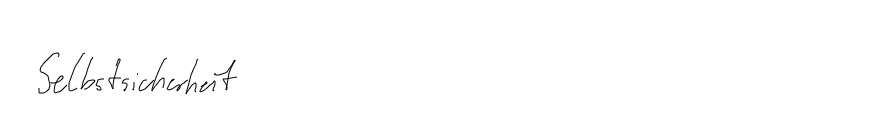
Selbstsicherheit